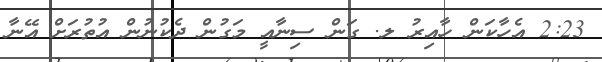
2:23 އެހާކަން ހާއިރު ލ. ގަން ސިނާއީ މަގުން ދެކުނުން އުތުރަށް އޭނާ